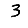
Digit: 3